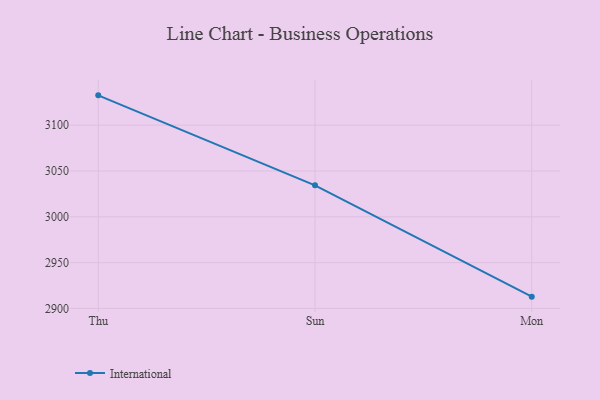
{"axis": {"x": "Day", "y": "Active Users"}, "legend": ["International"], "data": [{"x": "Thu", "y": 3132.5, "type": "International"}, {"x": "Sun", "y": 3034.3, "type": "International"}, {"x": "Mon", "y": 2912.9, "type": "International"}]}